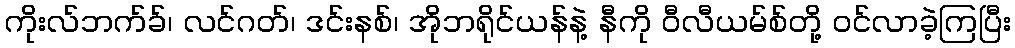
ကိုးလ်ဘက်ခ်၊ လင်ဂတ်၊ ဒင်းနစ်၊ အိုဘရိုင်ယန်နဲ့ နီကို ဝီလီယမ်စ်တို့ ဝင်လာခဲ့ကြပြီး